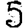
Digit: 5